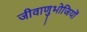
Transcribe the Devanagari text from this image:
जीवाणुभोजियों